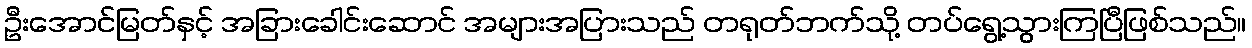
ဦးအောင်မြတ်နှင့် အခြားခေါင်းဆောင် အများအပြားသည် တရုတ်ဘက်သို့ တပ်ရွေ့သွားကြပြီဖြစ်သည်။